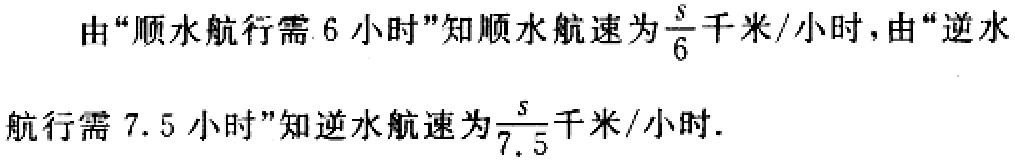
由“顺水航行需 6 小时”知顺水航速为$\frac{s}{6}$千米/小时，由“逆水航行需 7.5 小时”知逆水航速为$\frac{s}{7.5}$千米/小时.